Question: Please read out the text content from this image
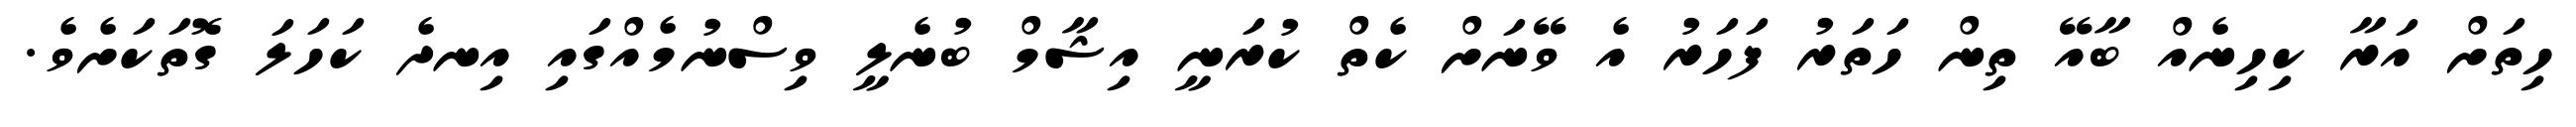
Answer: ހިތަށް އަރާ ކިހިނެއް ބާއޭ ތިން ހަތަރު ފަހަރު އެ ވޭނަށް ކެތް ކުރަނީ އިޝާމް ބުނެލީ ވިސްނުމެއްގައި އިނދެ ކަހަލަ ގޮތަކަށެވެ.